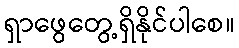
ရှာဖွေတွေ့ရှိနိုင်ပါစေ။